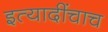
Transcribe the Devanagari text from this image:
इत्यादींचाच